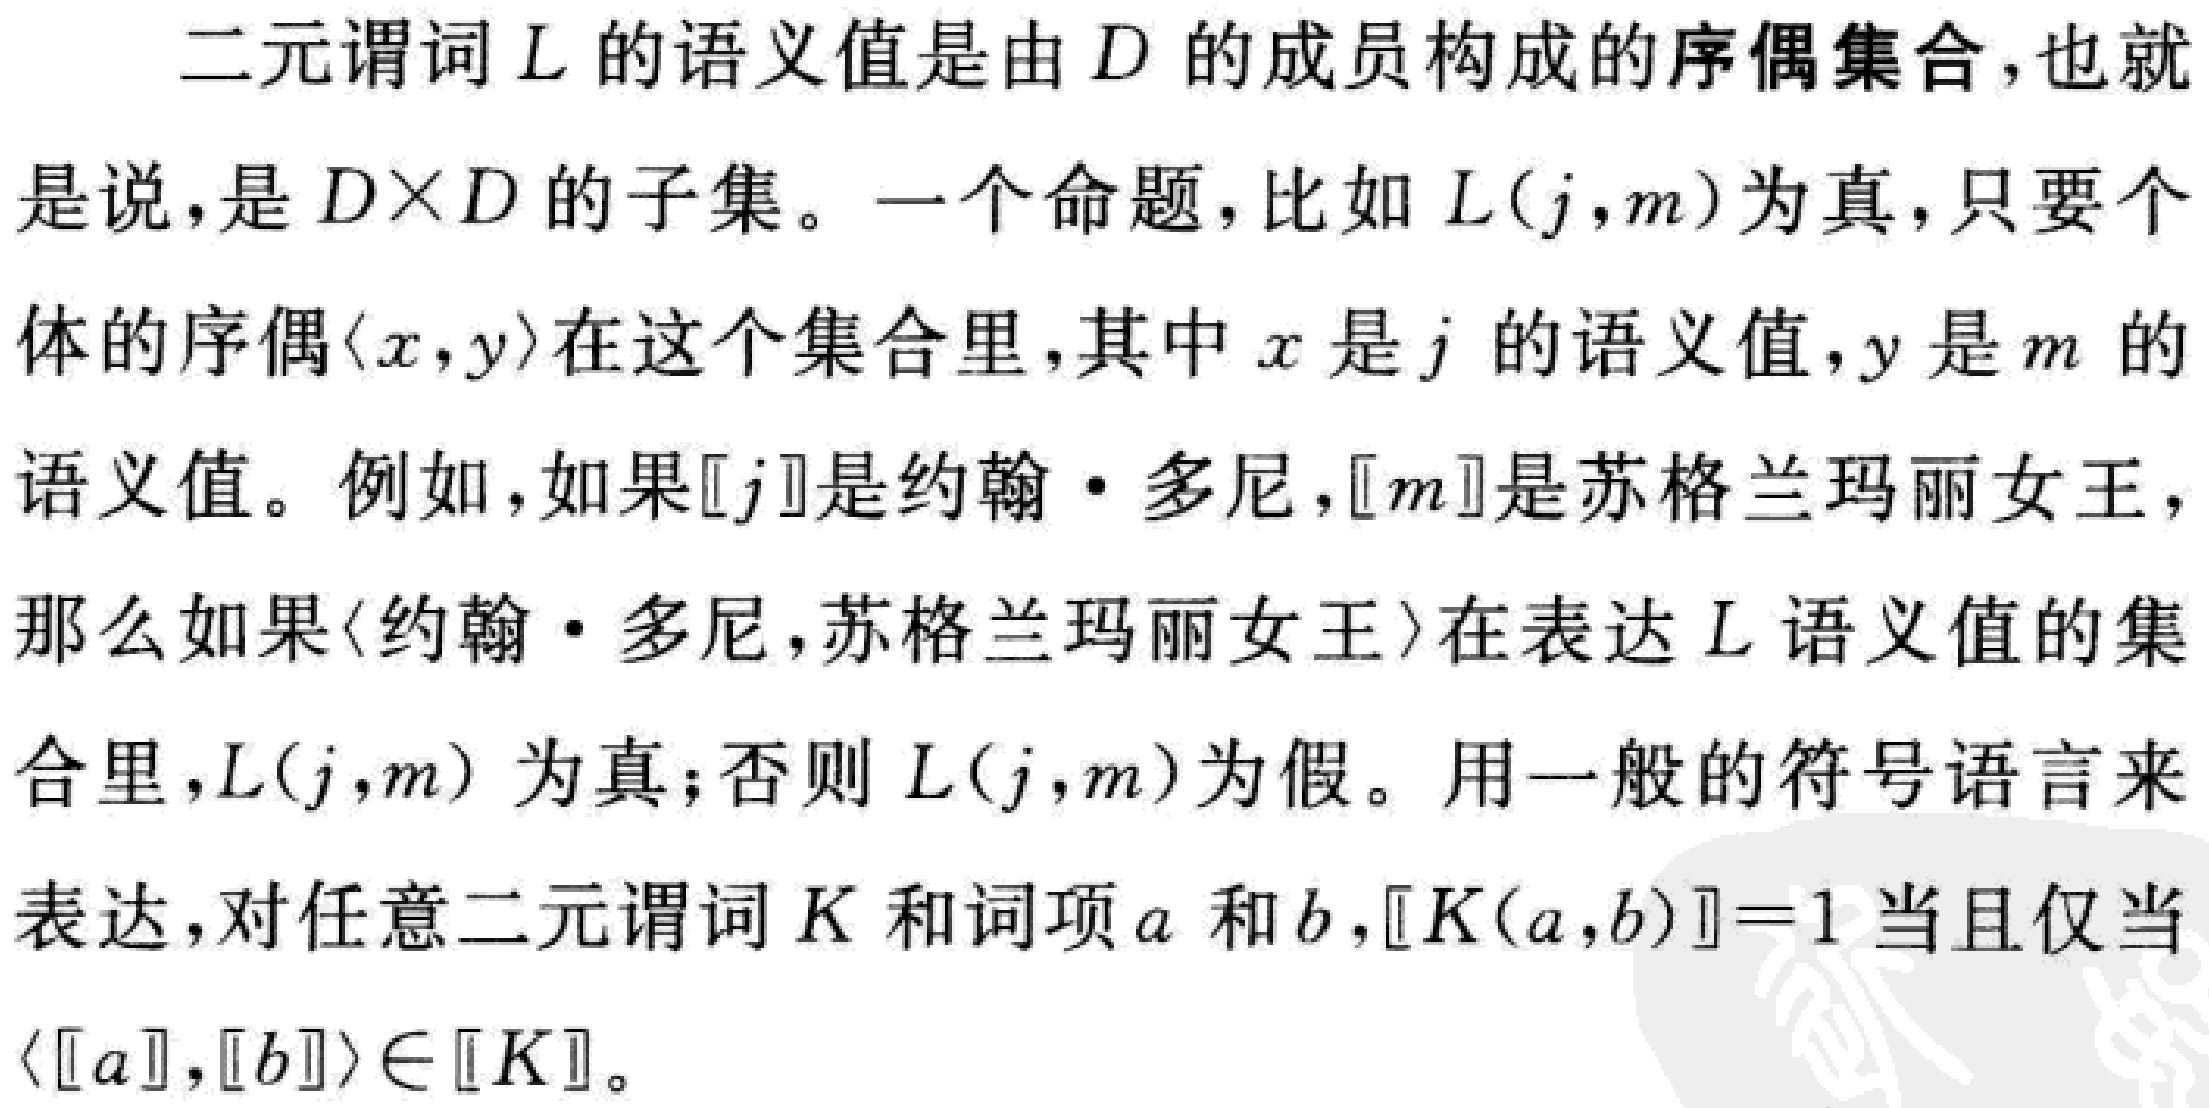
二元谓词 \(L\) 的语义值是由 \(D\) 的成员构成的序偶集合,也就是说,是 \(D\times D\) 的子集。一个命题, 比如 \(L(j,m)\) 为真, 只要个体的序偶 \(\langle x,y\rangle\) 在这个集合里, 其中 \(x\) 是 \(j\) 的语义值, \(y\) 是 \(m\) 的语义值。例如, 如果 \([j]\) 是约翰・多尼, \([m]\) 是苏格兰玛丽女王，那么如果 \(\langle\) 约翰・多尼, 苏格兰玛丽女王 \(\rangle\) 在表达 \(L\) 语义值的集合里, \(L(j,m)\) 为真; 否则 \(L(j,m)\) 为假。用一般的符号语言来表达, 对任意二元谓词 \(K\) 和词项 \(a\) 和 \(b\), \([K(a,b)] = 1\) 当且仅当 \(\langle[a],[b]\rangle\in[K]\)。